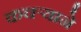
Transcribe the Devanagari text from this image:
कचर्‍याने